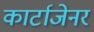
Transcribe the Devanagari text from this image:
कार्टाजेनर